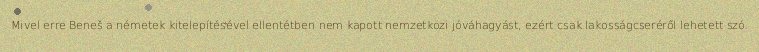
Mivel erre Beneš a németek kitelepítésével ellentétben nem kapott nemzetközi jóváhagyást, ezért csak lakosságcseréről lehetett szó.